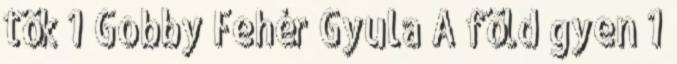
tök 1 Gobby Fehér Gyula A föld gyen 1